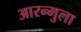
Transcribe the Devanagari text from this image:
आरन्मुला